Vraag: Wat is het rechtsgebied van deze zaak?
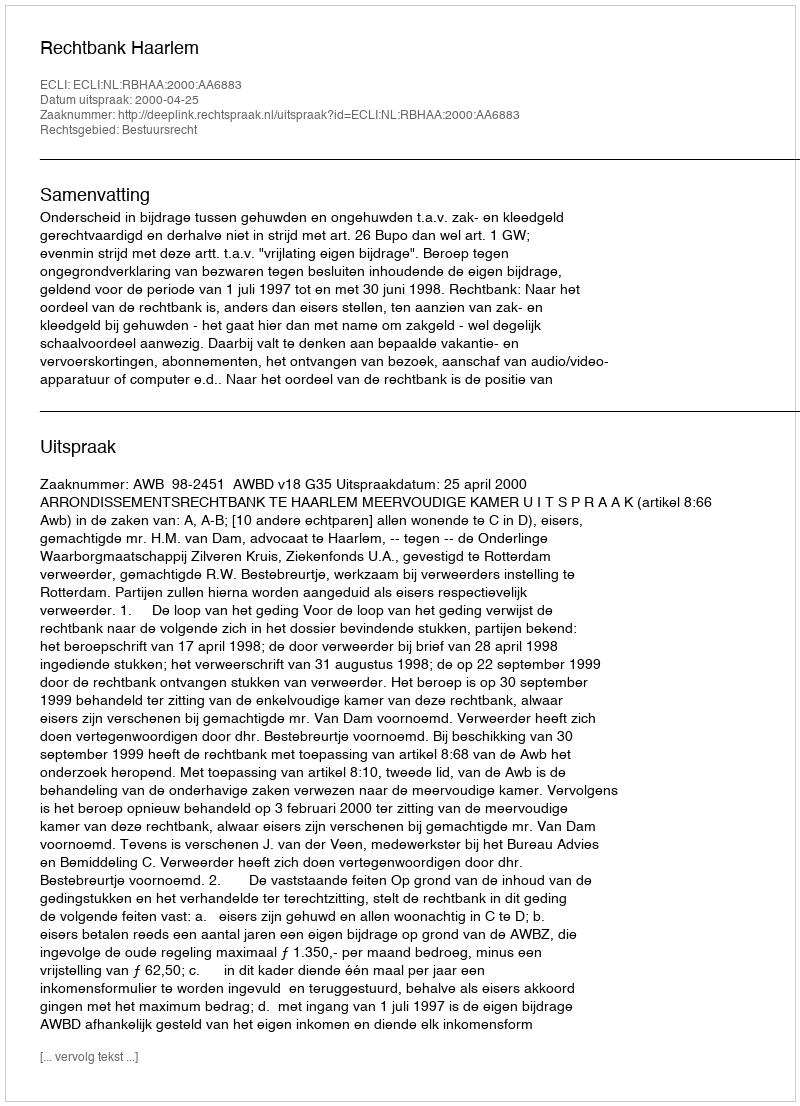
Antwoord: Bestuursrecht